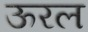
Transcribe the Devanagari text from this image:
ऊरल